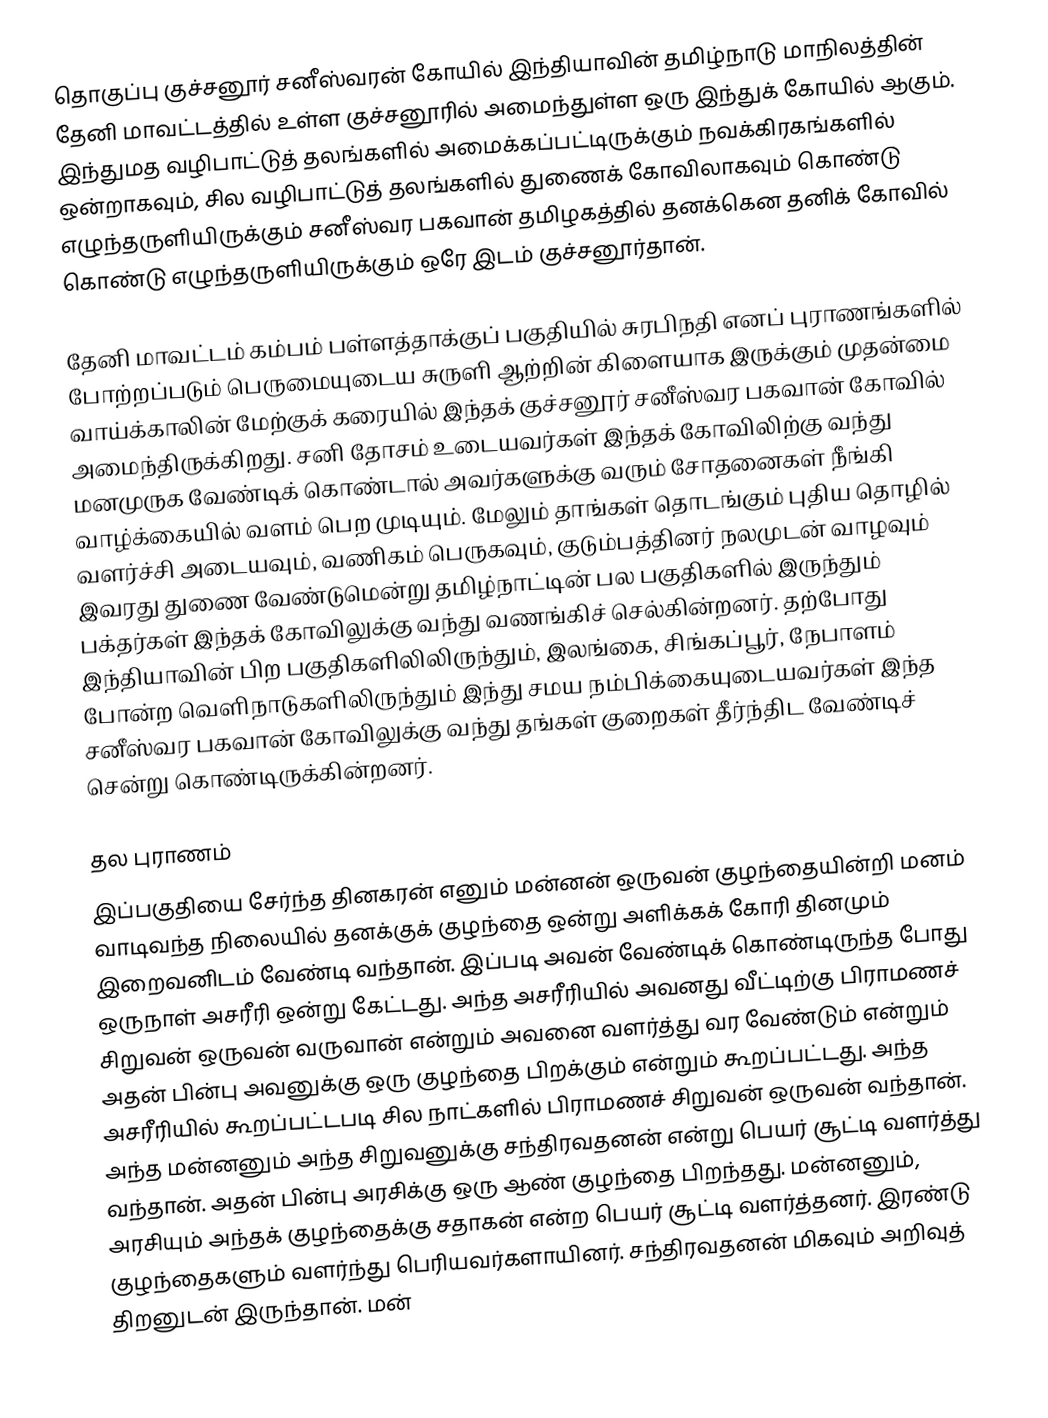
தொகுப்பு குச்சனூர் சனீஸ்வரன் கோயில் இந்தியாவின் தமிழ்நாடு மாநிலத்தின் தேனி மாவட்டத்தில் உள்ள குச்சனூரில் அமைந்துள்ள ஒரு இந்துக் கோயில் ஆகும். இந்துமத வழிபாட்டுத் தலங்களில் அமைக்கப்பட்டிருக்கும் நவக்கிரகங்களில் ஒன்றாகவும், சில வழிபாட்டுத் தலங்களில் துணைக் கோவிலாகவும் கொண்டு எழுந்தருளியிருக்கும் சனீஸ்வர பகவான் தமிழகத்தில் தனக்கென தனிக் கோவில் கொண்டு எழுந்தருளியிருக்கும் ஒரே இடம் குச்சனூர்தான்.

தேனி மாவட்டம் கம்பம் பள்ளத்தாக்குப் பகுதியில் சுரபிநதி எனப் புராணங்களில் போற்றப்படும் பெருமையுடைய சுருளி ஆற்றின் கிளையாக இருக்கும் முதன்மை வாய்க்காலின் மேற்குக் கரையில் இந்தக் குச்சனூர் சனீஸ்வர பகவான் கோவில் அமைந்திருக்கிறது. சனி தோசம் உடையவர்கள் இந்தக் கோவிலிற்கு வந்து மனமுருக வேண்டிக் கொண்டால் அவர்களுக்கு வரும் சோதனைகள் நீங்கி வாழ்க்கையில் வளம் பெற முடியும். மேலும் தாங்கள் தொடங்கும் புதிய தொழில் வளர்ச்சி அடையவும், வணிகம் பெருகவும், குடும்பத்தினர் நலமுடன் வாழவும் இவரது துணை வேண்டுமென்று தமிழ்நாட்டின் பல பகுதிகளில் இருந்தும் பக்தர்கள் இந்தக் கோவிலுக்கு வந்து வணங்கிச் செல்கின்றனர். தற்போது இந்தியாவின் பிற பகுதிகளிலிலிருந்தும், இலங்கை, சிங்கப்பூர், நேபாளம் போன்ற வெளிநாடுகளிலிருந்தும் இந்து சமய நம்பிக்கையுடையவர்கள் இந்த சனீஸ்வர பகவான் கோவிலுக்கு வந்து தங்கள் குறைகள் தீர்ந்திட வேண்டிச் சென்று கொண்டிருக்கின்றனர்.

தல புராணம்
இப்பகுதியை சேர்ந்த தினகரன் எனும் மன்னன் ஒருவன் குழந்தையின்றி மனம் வாடிவந்த நிலையில்  தனக்குக் குழந்தை ஒன்று அளிக்கக் கோரி தினமும் இறைவனிடம் வேண்டி வந்தான். இப்படி அவன் வேண்டிக் கொண்டிருந்த போது ஒருநாள் அசரீரி ஒன்று கேட்டது. அந்த அசரீரியில் அவனது வீட்டிற்கு பிராமணச் சிறுவன் ஒருவன் வருவான் என்றும் அவனை வளர்த்து வர வேண்டும் என்றும் அதன் பின்பு அவனுக்கு ஒரு குழந்தை பிறக்கும் என்றும் கூறப்பட்டது. அந்த அசரீரியில் கூறப்பட்டபடி சில நாட்களில் பிராமணச் சிறுவன் ஒருவன் வந்தான். அந்த மன்னனும் அந்த சிறுவனுக்கு சந்திரவதனன் என்று பெயர் சூட்டி வளர்த்து வந்தான். அதன் பின்பு அரசிக்கு ஒரு ஆண் குழந்தை பிறந்தது. மன்னனும், அரசியும் அந்தக் குழந்தைக்கு சதாகன் என்ற பெயர் சூட்டி வளர்த்தனர். இரண்டு குழந்தைகளும் வளர்ந்து பெரியவர்களாயினர். சந்திரவதனன் மிகவும் அறிவுத் திறனுடன் இருந்தான். மன்